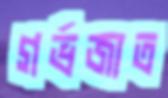
গর্ভজাত